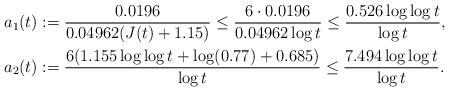
LaTeX: \begin{align*} a_1(t)&:=\frac{0.0196}{0.04962(J(t)+1.15)}\leq\frac{6\cdot 0.0196}{0.04962\log t}\leq \frac{0.526\log\log t}{\log t},\\ a_2(t)&:=\frac{6(1.155\log\log t+\log(0.77)+0.685)}{\log t}\leq \frac{7.494\log\log t}{\log t}.\end{align*}